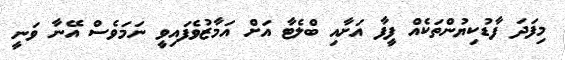
މިފަދަ ފާޑުކިޔުންތަކެއް ފީފާ އަށާއި ބްލެޓާ އަށް އަމާޒުވެފައިވީ ނަމަވެސް އޭނާ ވަނީ